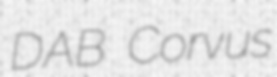
DAB Corvus